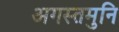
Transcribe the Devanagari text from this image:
अगस्तमुनि